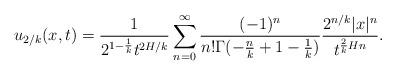
LaTeX: \begin{align*} u_{2/k}(x,t)=\frac{1}{2^{1-\frac{1}{k}}t^{2H/k}}\sum_{n=0}^{\infty}\frac{(-1)^n}{n!\Gamma(-\frac{n}{k}+1-\frac{1}{k})} \frac{2^{n/k}|x|^n}{t^{\frac{2}{k}Hn}}. \end{align*}